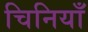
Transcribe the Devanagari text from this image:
चिनियाँ